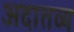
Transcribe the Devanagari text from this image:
अदातव्य